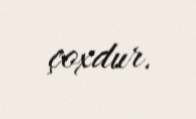
çoxdur.